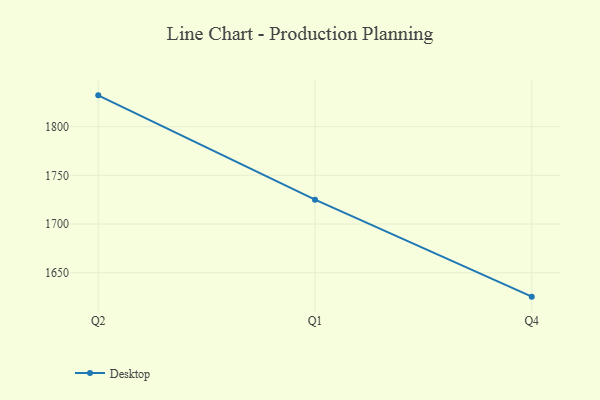
{"axis": {"x": "Quarter", "y": "Humidity (%)"}, "legend": ["Desktop"], "data": [{"x": "Q2", "y": 1832.1, "type": "Desktop"}, {"x": "Q1", "y": 1725.0, "type": "Desktop"}, {"x": "Q4", "y": 1625.5, "type": "Desktop"}]}